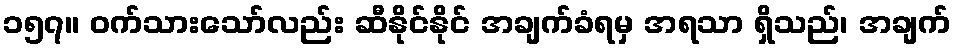
၁၅၇။ ဝက်သားသော်လည်း ဆီနိုင်နိုင် အချက်ခံရမှ အရသာ ရှိသည်၊ အချက်